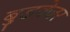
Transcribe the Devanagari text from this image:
बुडवेजर